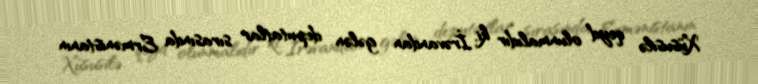
Xüsusilə qeyd olunmalıdır ki, İrəvandan gələn deputatlar sırasında Ermənistanın